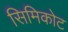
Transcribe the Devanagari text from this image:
सिमिकोट